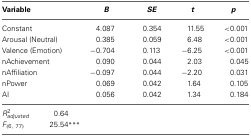
<table><thead><tr><td colspan="2"><b>Variable</b></td><td><b><i>B</i></b></td><td><b><i>SE</i></b></td><td><b><i>t</i></b></td><td><b><i>p</i></b></td></tr></thead><tbody><tr><td colspan="2">Constant</td><td>4.087</td><td>0.354</td><td>11.55</td><td>&lt;0.001</td></tr><tr><td colspan="2">Arousal (Neutral)</td><td>0.385</td><td>0.059</td><td>6.48</td><td>&lt;0.001</td></tr><tr><td colspan="2">Valence (Emotion)</td><td>−0.704</td><td>0.113</td><td>−6.25</td><td>&lt;0.001</td></tr><tr><td colspan="2">nAchievement</td><td>0.090</td><td>0.044</td><td>2.03</td><td>0.045</td></tr><tr><td colspan="2">nAffiliation</td><td>−0.097</td><td>0.044</td><td>−2.20</td><td>0.031</td></tr><tr><td colspan="2">nPower</td><td>0.069</td><td>0.042</td><td>1.64</td><td>0.105</td></tr><tr><td colspan="2">AI</td><td>0.056</td><td>0.042</td><td>1.34</td><td>0.184</td></tr><tr><td><i>R</i><sup>2</sup><sub><i>adjusted</i></sub></td><td>0.64</td><td></td><td></td><td></td><td></td></tr><tr><td><i>F</i><sub>(6, 77)</sub></td><td>25.54<sup>***</sup></td><td></td><td></td><td></td><td></td></tr></tbody></table>